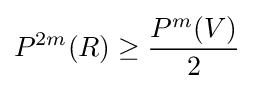
P^{2m}(R)\geq {\frac {P^{m}(V)}{2}}